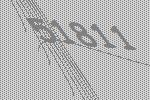
51811